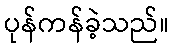
ပုန်ကန်ခဲ့သည်။